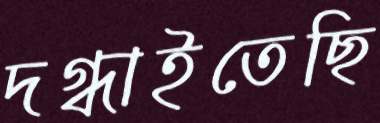
দগ্ধাইতেছি